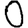
Digit: 0